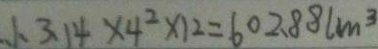
. 1 . 3 . 1 4 \times 4 ^ { 2 } \times 1 2 = 6 0 2 . 8 8 l m ^ { 3 }